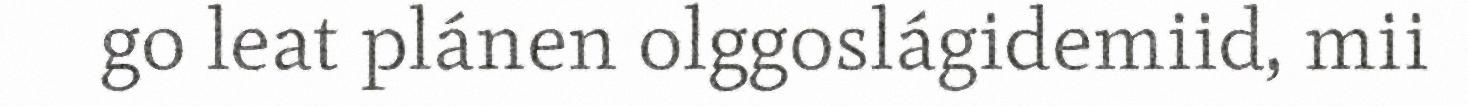
go leat plánen olggoslágidemiid, mii